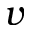
v